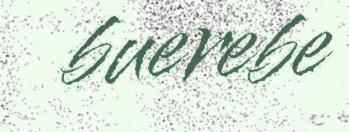
buerebe